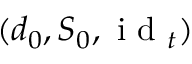
( d _ { 0 } , S _ { 0 } , \textup { i d } _ { t } )